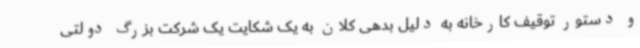
و دستور توقیف کارخانه به دلیل بدهی کلان به یک شکایت یک شرکت بزرگ دولتی